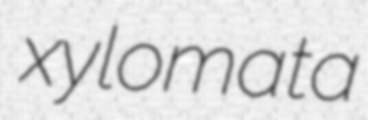
xylomata